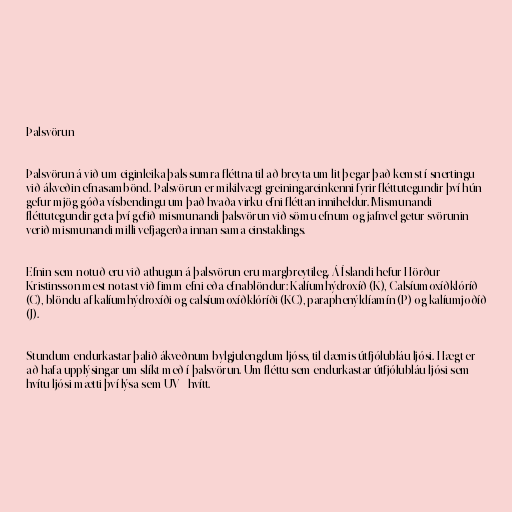
Þalsvörun

Þalsvörun á við um eiginleika þals sumra fléttna til að breyta um lit þegar það kemst í snertingu
við ákveðin efnasambönd. Þalsvörun er mikilvægt greiningareinkenni fyrir fléttutegundir því hún
gefur mjög góða vísbendingu um það hvaða virku efni fléttan inniheldur. Mismunandi
fléttutegundir geta því gefið mismunandi þalsvörun við sömu efnum og jafnvel getur svörunin
verið mismunandi milli vefjagerða innan sama einstaklings.

Efnin sem notuð eru við athugun á þalsvörun eru margbreytileg. Á Íslandi hefur Hörður
Kristinsson mest notast við fimm efni eða efnablöndur: Kalíumhýdroxíð (K), Calsíumoxíðklóríð
(C), blöndu af kalíumhýdroxíði og calsíumoxíðklóríði (KC), paraphenýldíamín (P) og kalíumjoðíð
(J).

Stundum endurkastar þalið ákveðnum bylgjulengdum ljóss, til dæmis útfjólubláu ljósi. Hægt er
að hafa upplýsingar um slíkt með í þalsvörun. Um fléttu sem endurkastar útfjólubláu ljósi sem
hvítu ljósi mætti því lýsa sem UV+ hvítt.